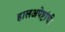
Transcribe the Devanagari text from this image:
हालअपेष्टांची